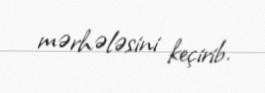
mərhələsini keçirib.